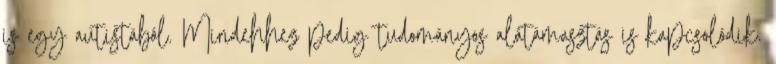
is egy autistából. Mindehhez pedig tudományos alátámasztás is kapcsolódik.